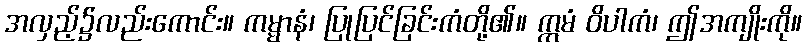
အလှည့်၌လည်းကောင်း။ ကမ္မာနံ၊ ပြုပြင်ခြင်းကံတို့၏။ ဣမံ ဝိပါကံ၊ ဤအကျိုးကို။